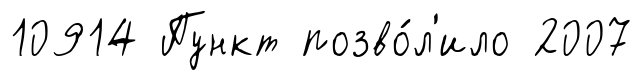
10914 Пункт позво́л'ило 2007